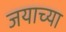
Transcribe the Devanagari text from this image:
जयाच्या